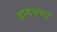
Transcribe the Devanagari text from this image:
बावन्नवा